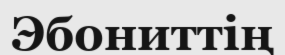
Эбониттің